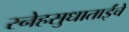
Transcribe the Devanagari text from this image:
स्नेहसुधाताईंचे